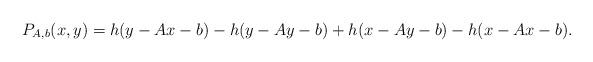
LaTeX: \begin{align*}P_{A,b}(x,y)=h(y-Ax-b)-h(y-Ay-b)+h(x-Ay-b)-h(x-Ax-b).\end{align*}